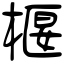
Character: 椻